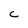
Character: C